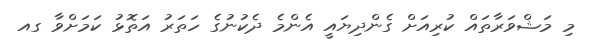
މި މަޝްވަރާތައް ކުރިއަށް ގެންދިޔައީ އެންމެ ދެކުނުގެ ހަތަރު އަތޮޅު ކަމަށްވާ ގއ